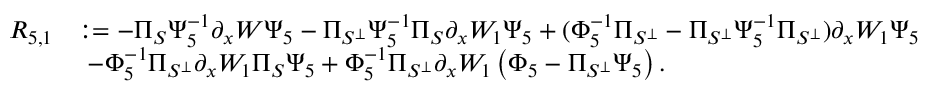
\begin{array} { r l } { R _ { 5 , 1 } } & { : = - \Pi _ { S } \Psi _ { 5 } ^ { - 1 } \partial _ { x } W \Psi _ { 5 } - \Pi _ { S ^ { \perp } } \Psi _ { 5 } ^ { - 1 } \Pi _ { S } \partial _ { x } W _ { 1 } \Psi _ { 5 } + ( \Phi _ { 5 } ^ { - 1 } \Pi _ { S ^ { \perp } } - \Pi _ { S ^ { \perp } } \Psi _ { 5 } ^ { - 1 } \Pi _ { S ^ { \perp } } ) \partial _ { x } W _ { 1 } \Psi _ { 5 } } \\ & { \ - \Phi _ { 5 } ^ { - 1 } \Pi _ { S ^ { \perp } } \partial _ { x } W _ { 1 } \Pi _ { S } \Psi _ { 5 } + \Phi _ { 5 } ^ { - 1 } \Pi _ { S ^ { \perp } } \partial _ { x } W _ { 1 } \left( \Phi _ { 5 } - \Pi _ { S ^ { \perp } } \Psi _ { 5 } \right) . } \end{array}